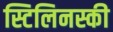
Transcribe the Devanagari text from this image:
स्टिलिनस्की